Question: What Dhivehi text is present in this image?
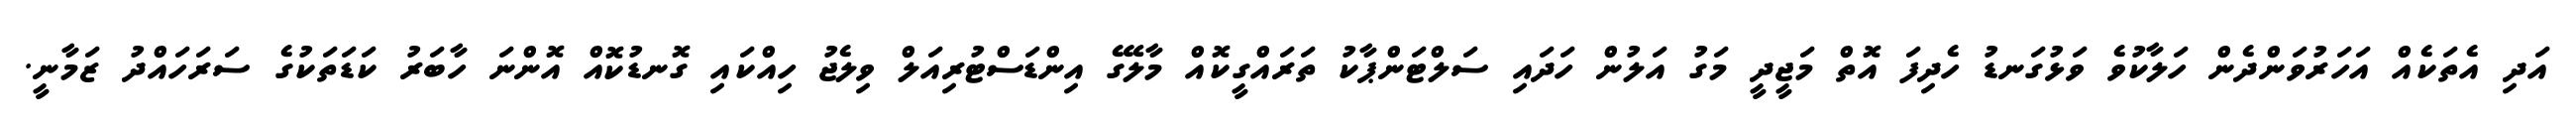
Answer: އަދި އެތަކެއް އަހަރުވަންދެން ހަލާކުވެ ވަޅުގަނޑު ހެދިފަ އޮތް މަޖީދީ މަގު އަލުން ހަދައި ސަލްޓަންޕާކު ތަރައްގީކޮއް މާލޭގެ އިންޑަސްޓުރިއަލް ވިލެޖު ހިއްކައި ގޮނޑުކޮއް އޮންނަ ހާބަރު ކަޑަތަކުގެ ސަރަހައްދު ޒަމާނީ.